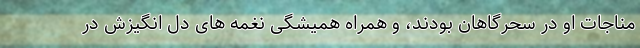
مناجات او در سحرگاهان بودند، و همراه همیشگی نغمه های دل انگیزش در